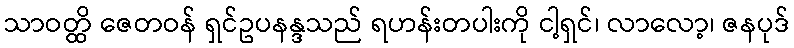
သာဝတ္ထိ ဇေတဝန် ရှင်ဥပနန္ဒသည် ရဟန်းတပါးကို ငါ့ရှင်၊ လာလော့၊ ဇနပုဒ်